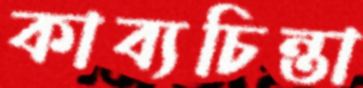
কাব্যচিন্তা